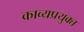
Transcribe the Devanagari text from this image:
काव्यप्रयुक्त